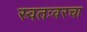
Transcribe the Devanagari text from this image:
स्वतःवरचा